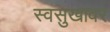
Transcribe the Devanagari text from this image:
स्वसुखावर